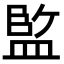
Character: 𭾆